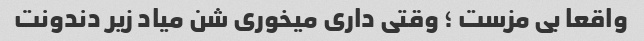
واقعا بی مزست ؛ وقتی داری میخوری شن میاد زیر دندونت